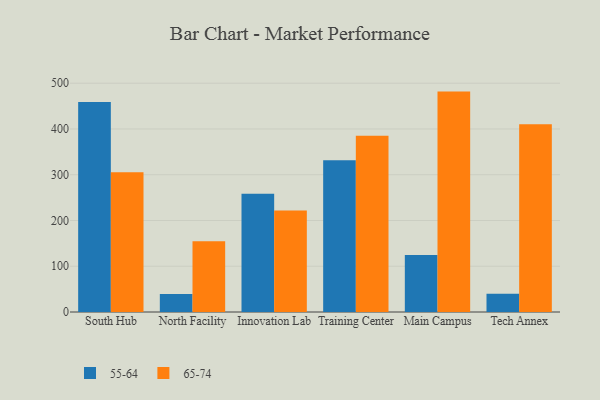
{"axis": {"x": "Campus", "y": "Customer Acquisition Cost (USD)"}, "legend": ["55-64", "65-74"], "data": [{"x": "South Hub", "y": 458.7, "type": "55-64"}, {"x": "South Hub", "y": 305.4, "type": "65-74"}, {"x": "North Facility", "y": 39.1, "type": "55-64"}, {"x": "North Facility", "y": 154.9, "type": "65-74"}, {"x": "Innovation Lab", "y": 258.5, "type": "55-64"}, {"x": "Innovation Lab", "y": 221.7, "type": "65-74"}, {"x": "Training Center", "y": 331.9, "type": "55-64"}, {"x": "Training Center", "y": 385.1, "type": "65-74"}, {"x": "Main Campus", "y": 124.7, "type": "55-64"}, {"x": "Main Campus", "y": 481.7, "type": "65-74"}, {"x": "Tech Annex", "y": 40.1, "type": "55-64"}, {"x": "Tech Annex", "y": 410.5, "type": "65-74"}]}